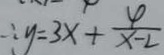
\therefore y = 3 x + \frac { 4 } { x - 2 }